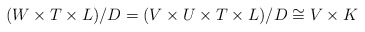
\begin{align*}(W\times T\times L)/D=(V\times U\times T\times L)/D\cong V\times K\end{align*}